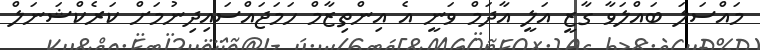
މައްސަލަ ބައްލަވާ ގާޒީ އަލީ އާދަމް ވަނީ އެ އިންތިޒާމް ހަމަޖައްސައިދިނުމަށް ކަރެކްޝަނަލް